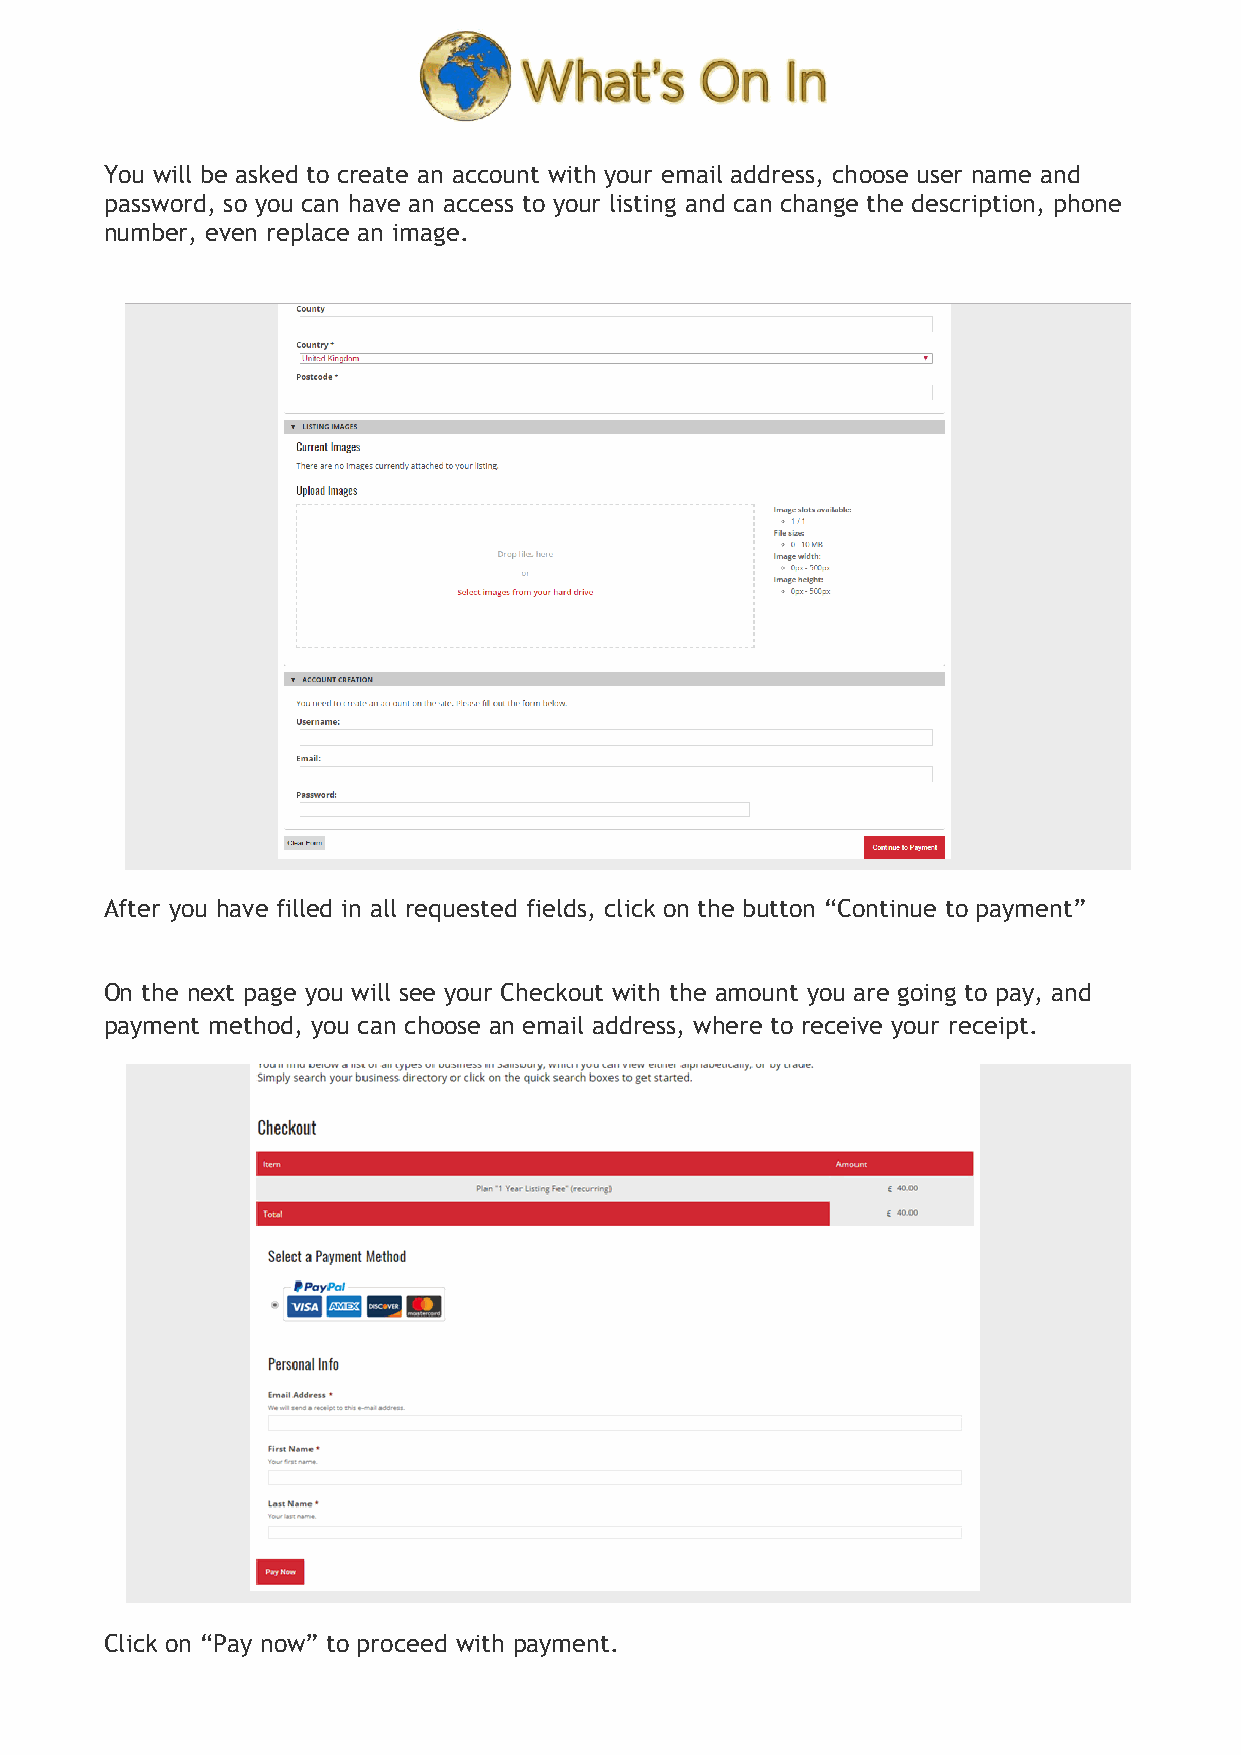
You will be asked to create an account with your email address, choose user name and
 password, so you can have an access to your listing and can change the description, phone
 number, even replace an image.
 After you have filled in all requested fields, click on the button “Continue to payment”
 On the next page you will see your Checkout with the amount you are going to pay, and
 payment method, you can choose an email address, where to receive your receipt.
 Click on “Pay now” to proceed with payment.